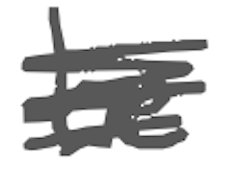
Text: he
Cross-out: scratch
Writing tool: digital_gray